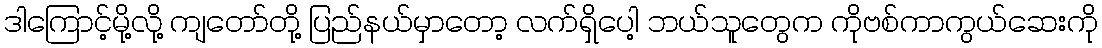
ဒါကြောင့်မို့လို့ ကျတော်တို့ ပြည်နယ်မှာတော့ လက်ရှိပေါ့ ဘယ်သူတွေက ကိုဗစ်ကာကွယ်ဆေးကို